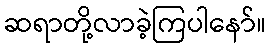
ဆရာတို့လာခဲ့ကြပါနော်။